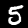
Label: 5